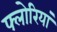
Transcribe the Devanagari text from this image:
फ्लोरियां